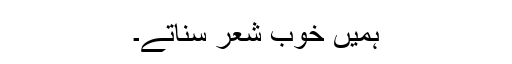
ہمیں خوب شعر سناتے۔